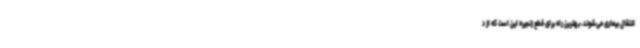
انتقال بیماری می‌شوند، بهترین راه برای قطع زنجیره این است که از د